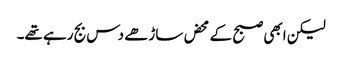
لیکن ابھی صبح کے محض ساڑھے دس بج رہے تھے۔